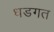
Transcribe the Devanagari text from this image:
धडगत